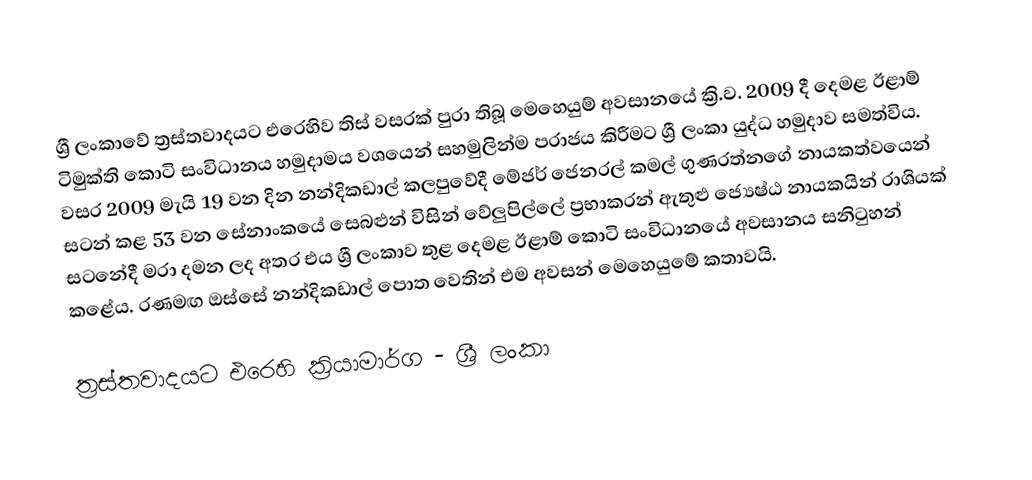
ශ්‍රී ලංකාවේ ත්‍රස්තවාදයට එරෙහිව තිස් වසරක් පුරා තිබූ මෙහෙයුම් අවසානයේ ක්‍රි.ව. 2009 දී  දෙමළ ඊළාම් ටිමුක්ති කොටි සංවිධානය හමුදාමය වශයෙන්  සහමුලින්ම පරාජය කිරීමට ශ්‍රී ලංකා යුද්ධ හමුදාව සමත්විය. වසර 2009 මැයි 19 වන දින නන්දිකඩාල් කලපුවේදී මේජර් ජෙනරල් කමල් ගුණරත්නගේ නායකත්වයෙන් සටන් කළ 53 වන සේනාංකයේ සෙබළුන් විසින් වේලුපිල්ලේ ප්‍රභාකරන් ඇතුළු ජ්‍යෙෂ්ඨ නායකයින් රාශියක් සටනේදී මරා දමන ලද අතර එය ශ්‍රී ලංකාව තුළ දෙමළ ඊළාම් කොටි සංවිධානයේ අවසානය සනිටුහන් කළේය. රණමඟ ඔස්සේ නන්දිකඩාල් පොත වෙතින් එම අවසන් මෙහෙයුමේ කතාවයි.

ත්‍රස්තවාදයට එරෙහි ක්‍රියාමාර්ග - ශ්‍රී ලංකා